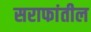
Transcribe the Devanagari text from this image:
सराफांतील